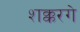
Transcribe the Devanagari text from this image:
शक्करगे